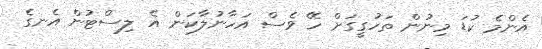
އެންމެ ކުޑަ މިނުން ތަހުގީގަށް ހޭ ވެސް އަހާނުލާކަން އެ ލިސްޓުން އެނގެ